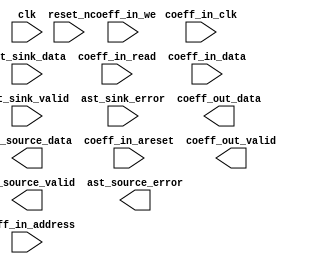

module fir (
	clk,
	reset_n,
	ast_sink_data,
	ast_sink_valid,
	ast_sink_error,
	ast_source_data,
	ast_source_valid,
	ast_source_error,
	coeff_in_clk,
	coeff_in_areset,
	coeff_in_address,
	coeff_in_read,
	coeff_out_valid,
	coeff_out_data,
	coeff_in_we,
	coeff_in_data);	

	input		clk;
	input		reset_n;
	input	[79:0]	ast_sink_data;
	input		ast_sink_valid;
	input	[1:0]	ast_sink_error;
	output	[219:0]	ast_source_data;
	output		ast_source_valid;
	output	[1:0]	ast_source_error;
	input		coeff_in_clk;
	input		coeff_in_areset;
	input	[5:0]	coeff_in_address;
	input		coeff_in_read;
	output	[0:0]	coeff_out_valid;
	output	[15:0]	coeff_out_data;
	input	[0:0]	coeff_in_we;
	input	[15:0]	coeff_in_data;
endmodule